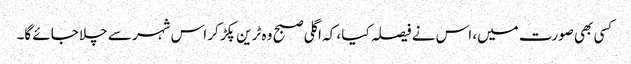
کسی بھی صورت میں، اس نے فیصلہ کیا ، کہ اگلی صبح وہ ٹرین پکڑ کر اس شہر سے چلا جائے گا۔